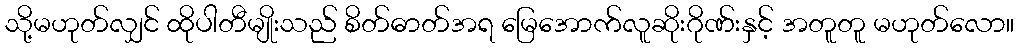
သို့မဟုတ်လျှင် ထိုပါတီမျိုးသည် စိတ်ဓာတ်အရ မြေအောက်လူဆိုးဂိုဏ်းနှင့် အတူတူ မဟုတ်လော။